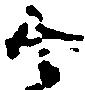
候